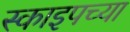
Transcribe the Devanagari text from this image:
स्काइपच्या